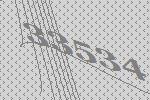
33534